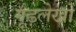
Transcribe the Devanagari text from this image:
गूढ़लेखों